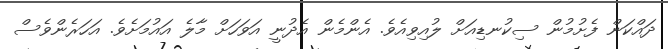
ދައްކަން ފެށުމުން ސިކުނޑިއަށް ލުއިވިއެވެ. އެންމެން އެދުނީ އަވަހަށް މާލެ އައުމަށެވެ. އަހަރެންވެސް